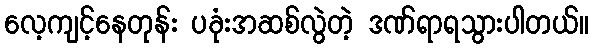
လေ့ကျင့်နေတုန်း ပခုံးအဆစ်လွဲတဲ့ ဒဏ်ရာရသွားပါတယ်။